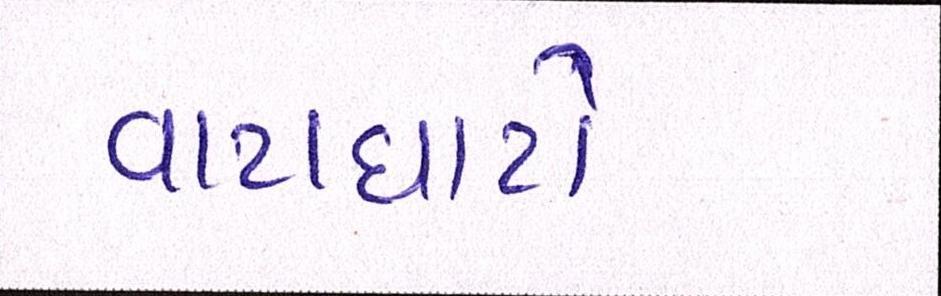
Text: વાટાઘાટો